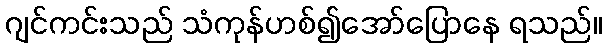
ဂျင်ကင်းသည် သံကုန်ဟစ်၍အော်ပြောနေ ရသည်။